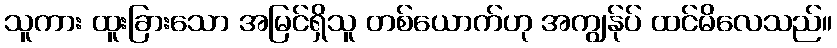
သူကား ထူးခြားသော အမြင်ရှိသူ တစ်ယောက်ဟု အကျွန်ုပ် ထင်မိလေသည်။